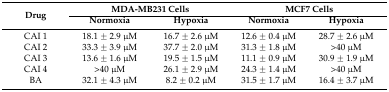
<table><thead><tr><td rowspan="2"><b>Drug</b></td><td colspan="2"><b>MDA-MB231 Cells</b></td><td colspan="2"><b>MCF7 Cells</b></td></tr><tr><td><b>Normoxia</b></td><td><b>Hypoxia</b></td><td><b>Normoxia</b></td><td><b>Hypoxia</b></td></tr></thead><tbody><tr><td>CAI 1</td><td>18.1 ± 2.9 μM</td><td>16.7 ± 2.6 μM</td><td>12.6 ± 0.4 μM</td><td>28.7 ± 2.6 μM</td></tr><tr><td>CAI 2</td><td>33.3 ± 3.9 μM</td><td>37.7 ± 2.0 μM</td><td>31.3 ± 1.8 μM</td><td>&gt;40 μM</td></tr><tr><td>CAI 3</td><td>13.6 ± 1.6 μM</td><td>19.5 ± 1.5 μM</td><td>11.1 ± 0.9 μM</td><td>30.9 ± 1.9 μM</td></tr><tr><td>CAI 4</td><td>&gt;40 μM</td><td>26.1 ± 2.9 μM</td><td>24.3 ± 1.4 μM</td><td>&gt;40 μM</td></tr><tr><td>BA</td><td>32.1 ± 4.3 μM</td><td>8.2 ± 0.2 μM</td><td>31.5 ± 1.7 μM</td><td>16.4 ± 3.7 μM</td></tr></tbody></table>